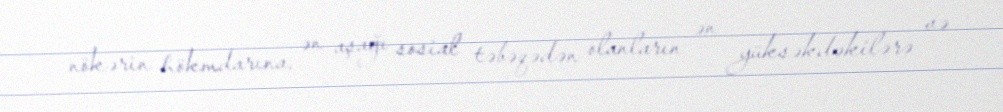
nökərin hökmdarına, ən aşağı sosial təbəqədən olanların ən yüksəkdəkilərə və